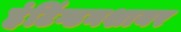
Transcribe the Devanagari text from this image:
हंटिंग्डनशायर